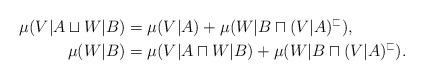
LaTeX: \begin{align*}\mu(V|A\sqcup W|B)&=\mu(V|A)+\mu(W|B\sqcap (V|A)^\sqsubset),\\\mu(W|B)&=\mu(V|A\sqcap W|B)+\mu(W|B\sqcap (V|A)^\sqsubset). \end{align*}